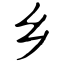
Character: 乡